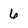
Character: 6